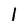
Character: 1